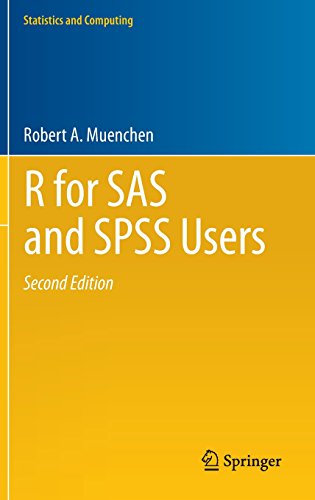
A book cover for R for SAS and SPSS Users (Statistics and Computing); Robert A. Muenchen; Medical Books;